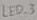
Text: LED_3